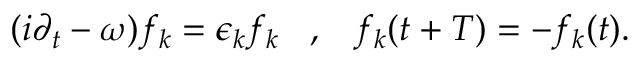
( i \partial _ { t } - \omega ) f _ { k } = \epsilon _ { k } f _ { k } \; \; \; , \; \; \; f _ { k } ( t + T ) = - f _ { k } ( t ) .